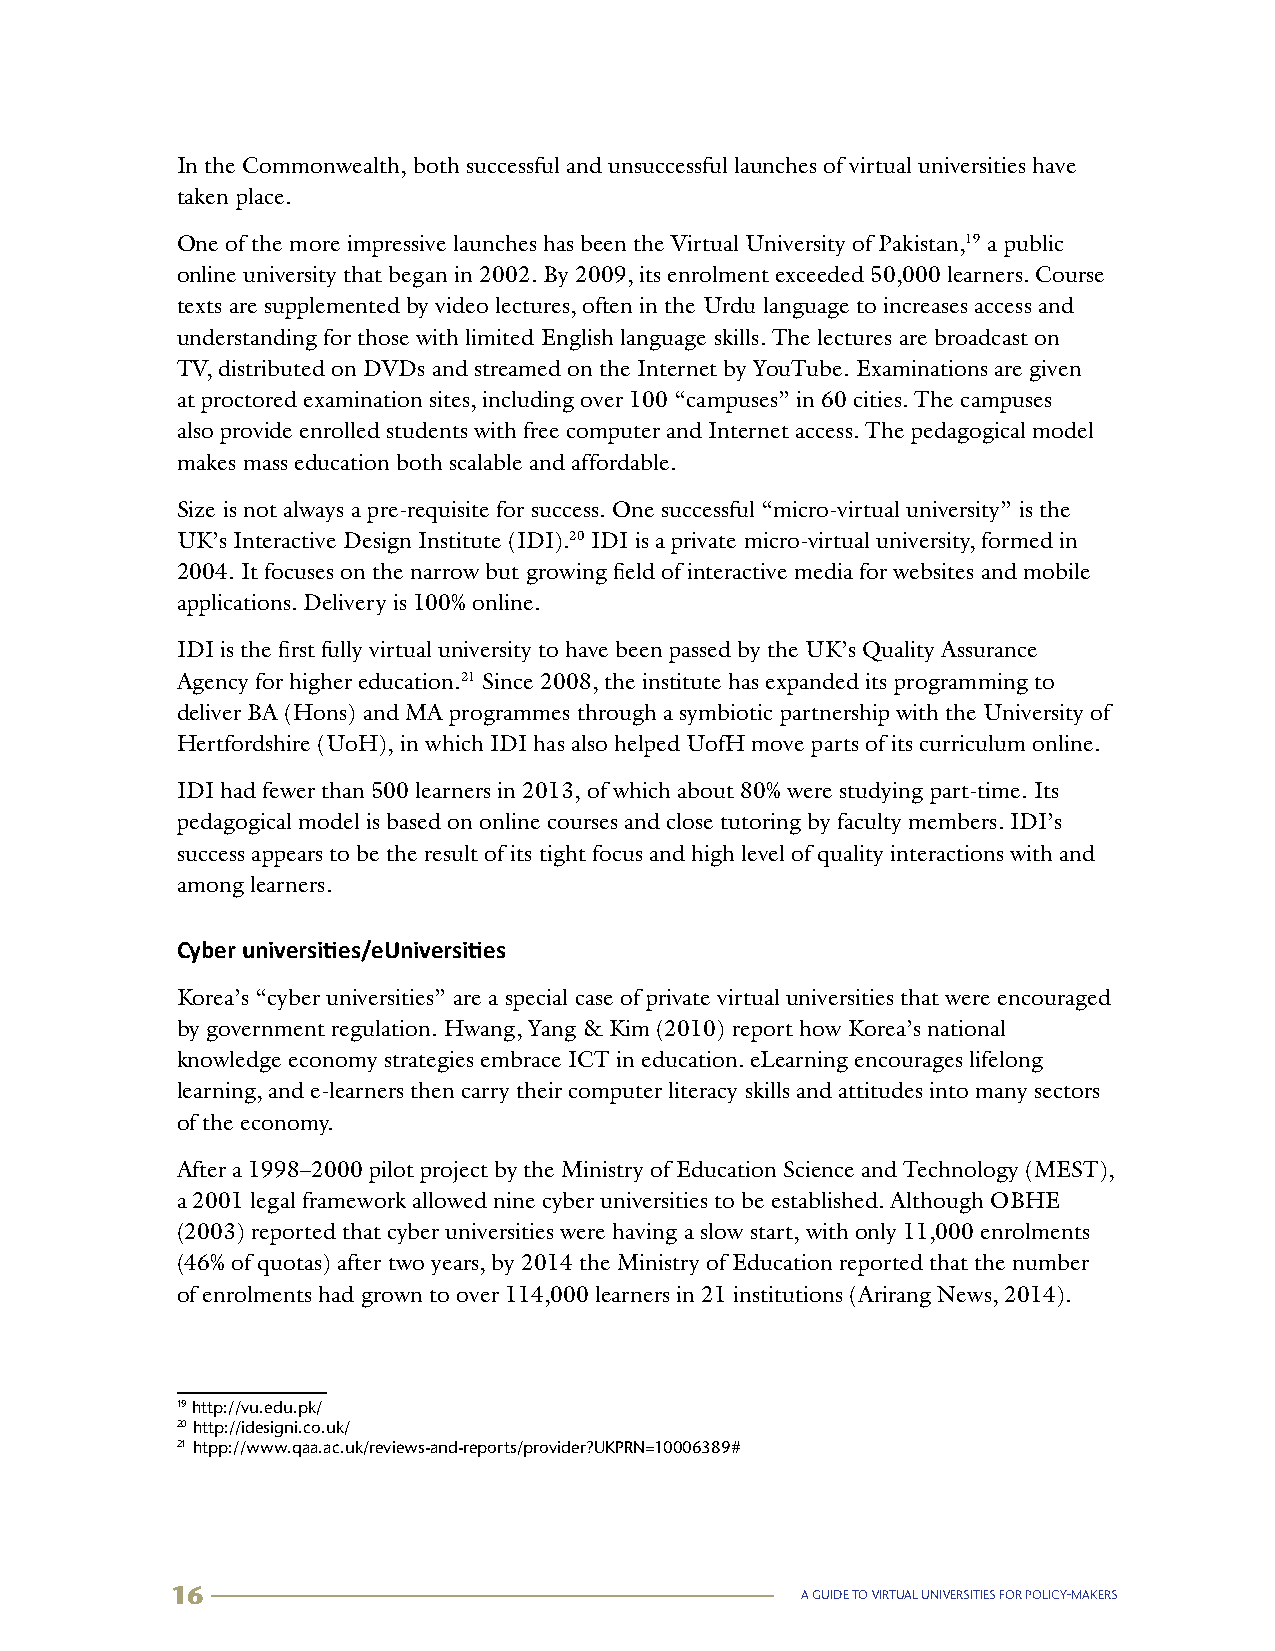
In the Commonwealth, both successful and unsuccessful launches of virtual universities have
 taken place.
 One of the more impressive launches has been the Virtual University of Pakistan,19 a public
 1
 online university that began in 2002. By 2009, its enrolment exceeded 50,000 learners. Course
 texts are supplemented by video lectures, often in the Urdu language to increases access and
 understanding for those with limited English language skills. The lectures are broadcast on
 TV, distributed on DVDs and streamed on the Internet by YouTube. Examinations are given
 at proctored examination sites, including over 100 “campuses” in 60 cities. The campuses
 also provide enrolled students with free computer and Internet access. The pedagogical model
 makes mass education both scalable and affordable.
 Size is not always a pre-requisite for success. One successful “micro-virtual university” is the
 UK’s Interactive Design Institute (IDI).20 IDI is a private micro-virtual university, formed in
 2
 2004. It focuses on the narrow but growing field of interactive media for websites and mobile
 applications. Delivery is 100% online.
 IDI is the first fully virtual university to have been passed by the UK’s Quality Assurance
 Agency for higher education.21 Since 2008, the institute has expanded its programming to
 3
 deliver BA (Hons) and MA programmes through a symbiotic partnership with the University of
 Hertfordshire (UoH), in which IDI has also helped UofH move parts of its curriculum online.
 IDI had fewer than 500 learners in 2013, of which about 80% were studying part-time. Its
 pedagogical model is based on online courses and close tutoring by faculty members. IDI’s
 success appears to be the result of its tight focus and high level of quality interactions with and
 among learners.
 Cyber universities/eUniversities
 Korea’s “cyber universities” are a special case of private virtual universities that were encouraged
 by government regulation. Hwang, Yang & Kim (2010) report how Korea’s national
 knowledge economy strategies embrace ICT in education. eLearning encourages lifelong
 learning, and e-learners then carry their computer literacy skills and attitudes into many sectors
 of the economy.
 After a 1998–2000 pilot project by the Ministry of Education Science and Technology (MEST),
 a 2001 legal framework allowed nine cyber universities to be established. Although OBHE
 (2003) reported that cyber universities were having a slow start, with only 11,000 enrolments
 (46% of quotas) after two years, by 2014 the Ministry of Education reported that the number
 of enrolments had grown to over 114,000 learners in 21 institutions (Arirang News, 2014).
 19 http://vu.edu.pk/
 20 http://idesigni.co.uk/
 21 htpp://www.qaa.ac.uk/reviews-and-reports/provider?UKPRN=10006389#
 16                                        A GUIDE TO VIRTUAL UNIVERSITIES FOR POLICY-MAKERS